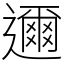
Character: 邇